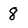
Character: 8